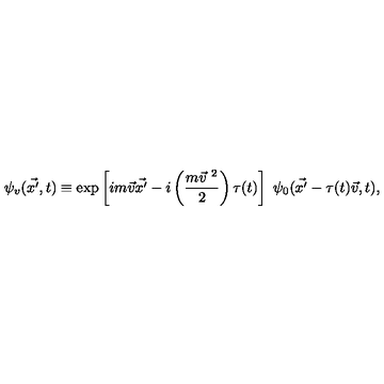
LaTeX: \psi _ { v } ( \vec { x ^ { \prime } } , t ) \equiv \exp \left[ i m \vec { v } \vec { x ^ { \prime } } - i \left( \frac { m { \vec { v } } ^ { \ 2 } } { 2 } \right) \tau ( t ) \right] \ \psi _ { 0 } ( \vec { x ^ { \prime } } - \tau ( t ) \vec { v } , t ) ,